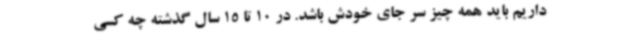
داریم باید همه چیز سر جای خودش باشد. در 10 تا 15 سال گذشته چه کسی